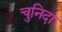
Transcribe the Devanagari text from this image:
चुनिदा